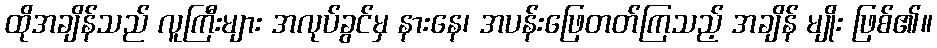
ထိုအချိန်သည် လူကြီးများ အလုပ်ခွင်မှ နားနေ၊ အပန်းဖြေတတ်ကြသည့် အချိန် မျိုး ဖြစ်၏။